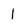
Character: 1